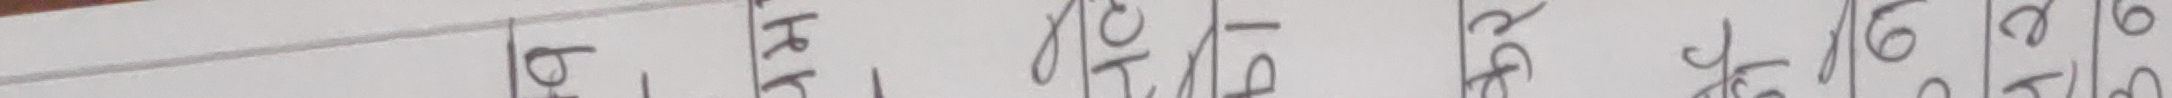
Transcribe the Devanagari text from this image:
प्र रु २ ९ ७ १० ७ ५ ड्र ० नं ७ ६ ७ १०